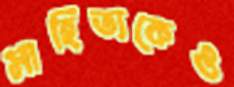
সাহিত্যকেও